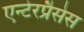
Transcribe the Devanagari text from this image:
एन्टेरप्रैसेस